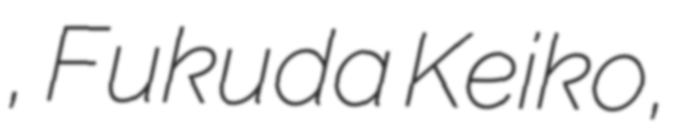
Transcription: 敬子, Fukuda Keiko,